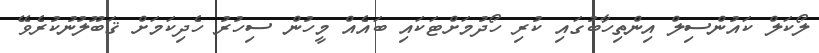
ލޯކަލް ކައުންސިލް އިންތިހާބުގައި ކުރި ހޯދުމަށްޓަކައި ބައެއް މީހުން ސިހުރު ހެދިކަމަށް ޤަބޫލުނުކުރެވޭ